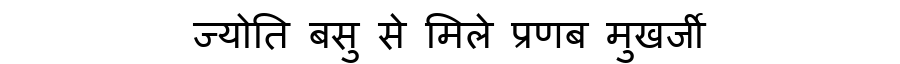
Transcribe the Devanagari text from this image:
ज्योति बसु से मिले प्रणब मुखर्जी